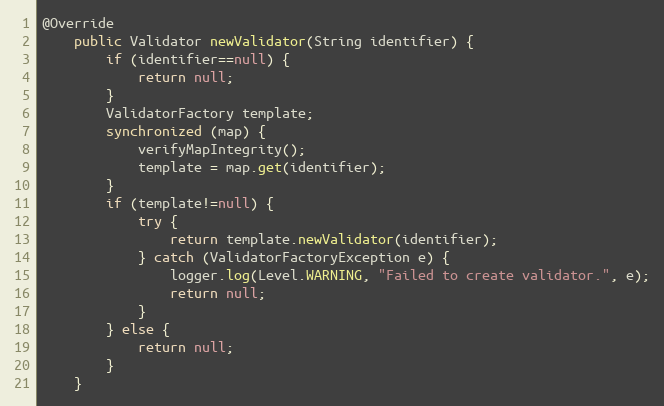
Language: Java
@Override
	public Validator newValidator(String identifier) {
		if (identifier==null) {
			return null;
		}
		ValidatorFactory template;
		synchronized (map) {
			verifyMapIntegrity();
			template = map.get(identifier);
		}
		if (template!=null) {
			try {
				return template.newValidator(identifier);
			} catch (ValidatorFactoryException e) {
				logger.log(Level.WARNING, "Failed to create validator.", e);
				return null;
			}
		} else {
			return null;
		}
	}